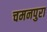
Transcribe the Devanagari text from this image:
चमनपुरा